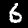
Label: 6